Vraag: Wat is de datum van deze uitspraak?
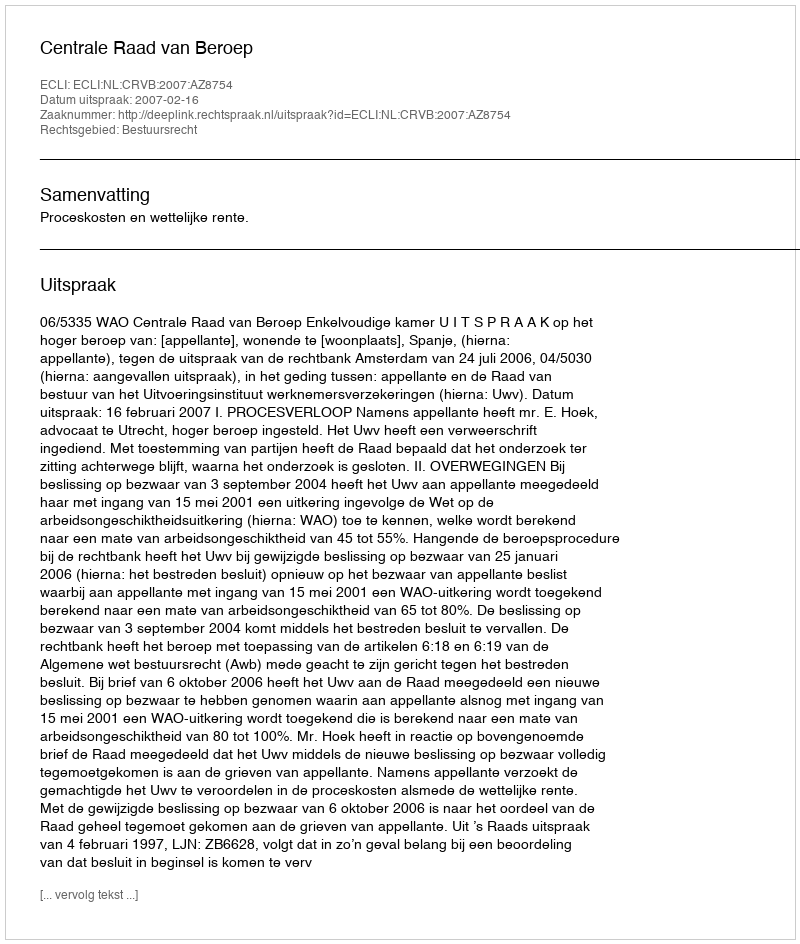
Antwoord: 2007-02-16